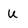
Character: U